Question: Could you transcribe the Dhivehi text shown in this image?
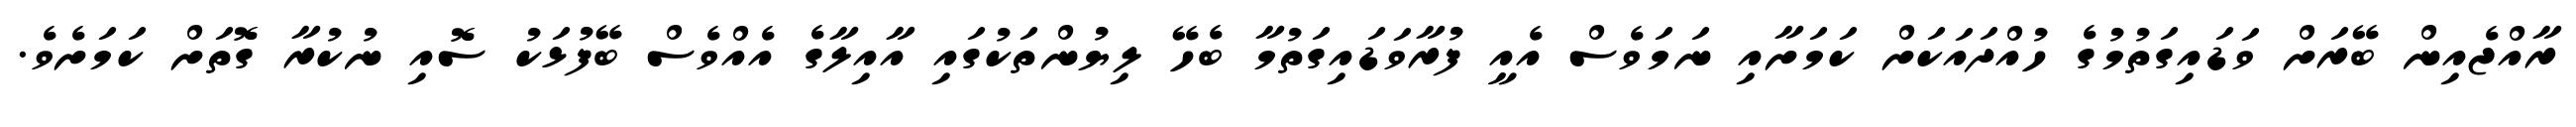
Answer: ރާއްޖެއިން ބޭރަށް ވަޑައިގަތުމުގެ ހުއްދައަކަށް ކަމަށާއި ނަމަވެސް އެއީ ފުރާވަޑައިގަތުމާ ބެހޭ ލިޔުންތަކުގައި އާއިލާގެ އެއްވެސް ބޭފުޅަކު ސޮއި ނުކުރާ ގޮތަށް ކަމަށެވެ.